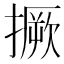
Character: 撅